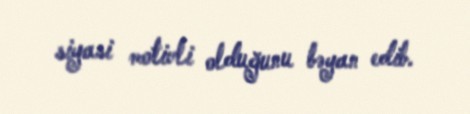
siyasi motivli olduğunu bəyan edib.